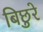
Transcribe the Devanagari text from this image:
बिछुरे